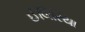
ઈલિરિયા